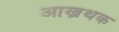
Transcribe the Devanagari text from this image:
आख्रथक